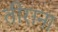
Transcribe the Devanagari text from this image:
तीराना